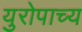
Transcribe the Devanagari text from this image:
युरोपाच्य